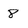
Character: 8